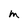
Character: m